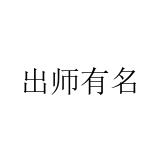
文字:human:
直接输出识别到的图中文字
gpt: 出师有名